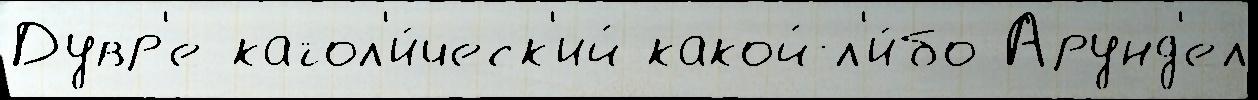
Дувр'е катол'и́ческ'ий какой-л'и́бо Арунд'ел